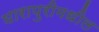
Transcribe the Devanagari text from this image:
घारापुरीमधील